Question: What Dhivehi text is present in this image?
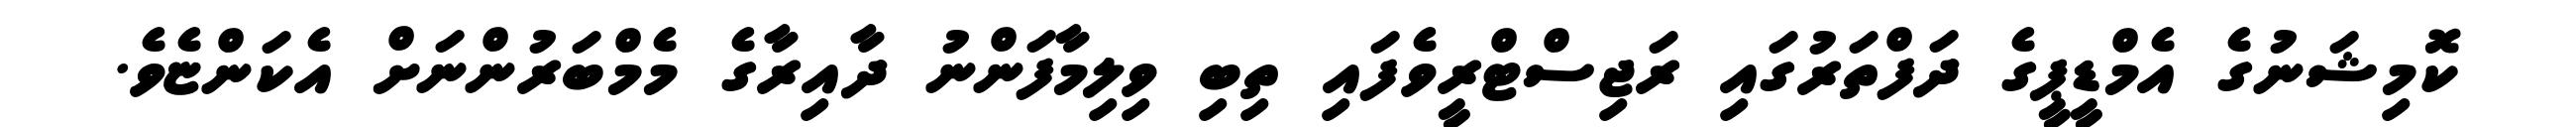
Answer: ކޮމިޝަނުގެ އެމްޑީޕީގެ ދަފްތަރުގައި ރަޖިސްޓްރީވެފައި ތިބި ވިލިމާފަންނު ދާއިރާގެ މެމްބަރުންނަށް އެކަންޏެވެ.